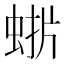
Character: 𮔋